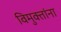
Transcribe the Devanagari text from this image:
विमुक्तांना